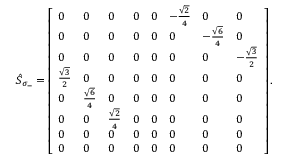
\begin{array} { r } { \hat { S } _ { \sigma _ { - } } = \left[ \begin{array} { l l l l l l l l } { 0 } & { 0 } & { 0 } & { 0 } & { 0 } & { - \frac { \sqrt { 2 } } { 4 } } & { 0 } & { 0 } \\ { 0 } & { 0 } & { 0 } & { 0 } & { 0 } & { 0 } & { - \frac { \sqrt { 6 } } { 4 } } & { 0 } \\ { 0 } & { 0 } & { 0 } & { 0 } & { 0 } & { 0 } & { 0 } & { - \frac { \sqrt { 3 } } { 2 } } \\ { \frac { \sqrt { 3 } } { 2 } } & { 0 } & { 0 } & { 0 } & { 0 } & { 0 } & { 0 } & { 0 } \\ { 0 } & { \frac { \sqrt { 6 } } { 4 } } & { 0 } & { 0 } & { 0 } & { 0 } & { 0 } & { 0 } \\ { 0 } & { 0 } & { \frac { \sqrt { 2 } } { 4 } } & { 0 } & { 0 } & { 0 } & { 0 } & { 0 } \\ { 0 } & { 0 } & { 0 } & { 0 } & { 0 } & { 0 } & { 0 } & { 0 } \\ { 0 } & { 0 } & { 0 } & { 0 } & { 0 } & { 0 } & { 0 } & { 0 } \end{array} \right] . } \end{array}